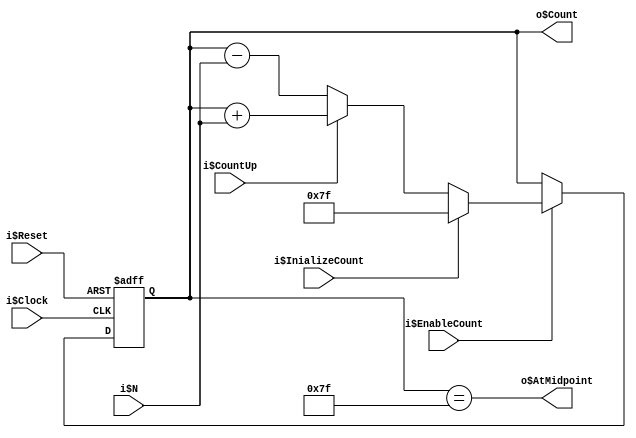
//----- Synthesizable Circuit -----

module Counter4 (
// Sequential circuit 4

	// Inputs:
	i$Clock,
	i$Reset,
	i$InializeCount,
	i$CountUp,
	i$EnableCount,
	i$N,

	// Outputs:
	o$Count,
	o$AtMidpoint
);

// Port mode declarations:
	// Inputs:
input	i$Clock;
input	i$Reset;
input	i$InializeCount;
input	i$CountUp;
input	i$EnableCount;
input	[3:0]	i$N;

	// Outputs:
output	[7:0]	o$Count;
output	o$AtMidpoint;


// Registered identifiers:
// NOTE: Remove (or comment out) each line for which the 'assign' method is used
reg	[7:0]	o$Count;
//reg	o$AtMidpoint;


// Functionality:

// Counter
always @ (posedge i$Clock or posedge i$Reset)
	if (i$Reset)
		o$Count <= 0;
	else
		if (i$EnableCount)
			if (i$InializeCount)
				o$Count <= 8'd127;
			else
				if (i$CountUp)
					o$Count <= o$Count + i$N;
				else
					o$Count <= o$Count - i$N;

// Comparator	
assign o$AtMidpoint = (o$Count == 8'd127);

endmodule